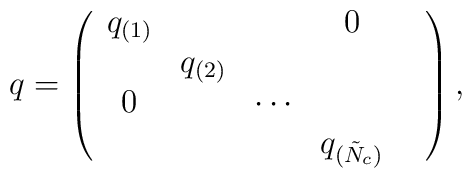
q=\left( \begin{array}{ccccc}q_{(1)} &  & & 0 & \\ &  q_{(2)} & & & \\ 0 &  & \cdots &  & \\ & & &   q_{(\tilde N_c)} &    \end{array}\right),